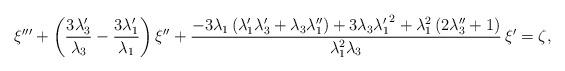
LaTeX: \begin{align*} \xi'''+\left(\frac{3 \lambda _3'}{\lambda _3} -\frac{3\lambda _1' }{\lambda _1 }\right)\xi''+ \frac{-3 \lambda _1 \left(\lambda _1' \lambda _3' +\lambda _3 \lambda _1'' \right)+3 \lambda _3 {\lambda _1'} ^2+\lambda _1 ^2 \left(2 \lambda _3'' +1\right)}{\lambda _1 ^2\lambda _3} \, \xi'=\zeta,\end{align*}